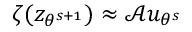
\zeta ( z _ { \theta ^ { s + 1 } } ) \approx \mathcal { A } u _ { \theta ^ { s } }